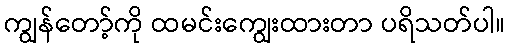
ကျွန်တော့်ကို ထမင်းကျွေးထားတာ ပရိသတ်ပါ။